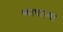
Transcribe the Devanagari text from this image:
व्यापाऱ्या